Vaccination North-Western Provinces 1866-1877 - 1866-1877
Year: 1866
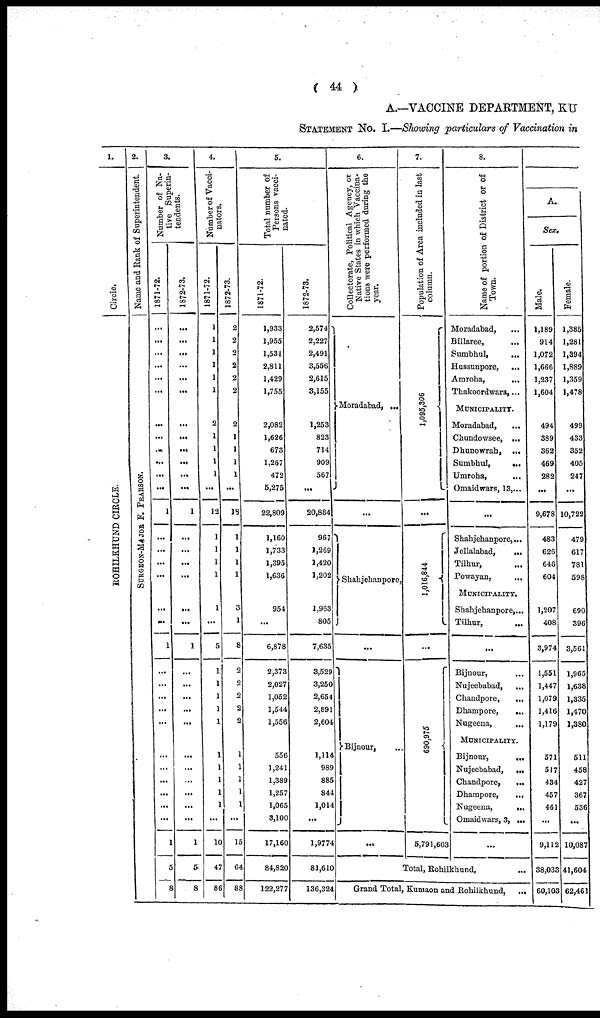
( 44 )
A.—VACCINE DEPARTMENT, KU
STATEMENT No. I.—Showing particulars of Vaccination in
1.
Circle.
ROHILKHUND CIRCLE.
2.
Name and Rank of Superintendent.
SURGEON-MAJOR F. PEARSON.
3.
Number of Na-
tive Superin-
tendents.
1871-72.
...
...
...
...
...
...
...
...
...
...
...
...
1
...
...
...
...
...
...
1
...
...
...
...
...
...
...
...
...
1
5
8
1872-73.
...
...
...
...
...
...
...
...
...
...
...
...
1
...
...
...
...
...
...
1
...
...
...
...
...
...
...
...
...
1
5
8
4.
Number of Vacci¬
nators.
1871-72.
1
1
1
1
1
1
2
1
1
1
1
...
12
1
1
1
1
1
...
5
1
1
1
1
1
1
1
1
1
1
...
10
47
86
1872-73.
2
2
2
2
2
2
2
1
1
1
1
...
13
1
1
1
1
3
1
8
2
2
2
2
2
1
1
1
1
1
...
15
64
88
5.
Total number of
Persons vacci-
nated.
1871-72.
1,933
1,955
1,531
2,811
1,429
1,755
2,082
1,626
673
1,267
472
5,275
22,809
1,160
1,733
1,395
1,636
954
...
6,878
2,373
2,027
1,052
1,544
1,556
556
1,241
1,389
1,257
1,065
3,100
17,160
84,820
122,277
1872-73.
2,574
2,227
2,491
3,556
2,615
3,155
1,253
823
714
909
567
...
20,884
967
1,269
1,420
1,202
1,963
805
7,635
3,529
3,250
2,654
2,891
2,604
1,114
989
885
844
1,014
...
1,9774
81,610
136,324
6.
Collectorate, Political Agency, or
Native States in which Vaccina-
tions were performed during the
year.
Moradabad, ...
...
Shahjehanpore, ...
...
Bijnour, ...
...
7.
Population of Area included in last
column.
1,095,306
...
1,016,844
...
690,975
5,791,603
8.
Name of portion of District or of
Town.
Moradabad, ...
Billaree,
...
Sumbhul,
...
Hussunpore,
...
Amroha,
...
Thakoordwara, ...
MUNICIPALITY.
Moradabad, ...
Chundowsee, ...
Dhunowrah,
...
Sumbhul, ...
Umroha,
...
Omaidwars, 13, ...
...
Shahjehanpore, ...
Jellalabad,
...
Tilhur, ...
Powayan, ...
MUNICIPALITY.
Shahjehanpore, ...
Tilhur, ...
Bijnour, ...
Nujeebabad, ...
Chandpore,
...
Dhampore,
...
Nugeena,
...
MUNICIPALITY.
Bijnour,
...
Nujeebabad,
...
Chandpore,
...
Dhampore,
...
Nugeena,
...
Omaidwars, 3, ...
...
Total, Rohilkhund,
...
Grand Total, Kumaon and Rohilkhund,
...
A.
Sex,
Male.
1,189
914
1,072
1,666
1,237
1,604
494
389
362
469
282
...
9,678
483
626
646
604
1,207
408
3,974
1,551
1,447
1,079
1,416
1,179
571
517
434
457
461
...
9,112
38,033
60,103
Female.
1,385
1,281
1,394
1,889
1,359
1,478
499
433
352
405
247
...
10,722
479
617
781
598
690
396
3,561
1,965
1,638
1,335
1,470
1,380
511
458
427
367
536
...
10,087
41,604
62,461